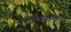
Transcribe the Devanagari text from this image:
बकथोम